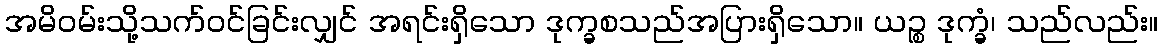
အမိဝမ်းသို့သက်ဝင်ခြင်းလျှင် အရင်းရှိသော ဒုက္ခစသည်အပြားရှိသော။ ယဉ္စ ဒုက္ခံ၊ သည်လည်း။